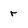
Character: r